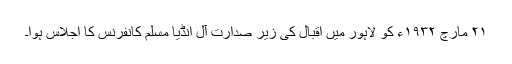
٢١ مارچ ١٩٣٢ء کو لاہور میں اقبال کی زیر صدارت آل انڈیا مسلم کانفرنس کا اجلاس ہوا۔